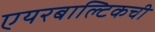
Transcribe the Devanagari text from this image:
एयरबाल्टिकची